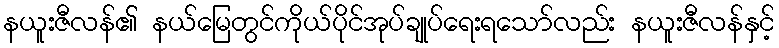
နယူးဇီလန်၏ နယ်မြေတွင်ကိုယ်ပိုင်အုပ်ချုပ်ရေးရသော်လည်း နယူးဇီလန်နှင့်